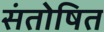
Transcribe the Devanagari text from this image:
संतोषित